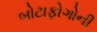
બોટાફોગોની